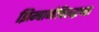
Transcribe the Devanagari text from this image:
झिम्बाब्वेविरुद्धच्या